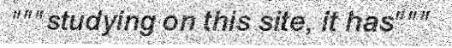
"""studying on this site, it has"""